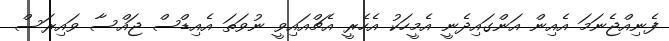
ފެނިއްޖެނަމަ އެއިން އަންގައިދެނީ އެމީހަކު އެހެރީ އެޗްއައިވީ ނުވަތަ އެއިޑްސް ޖައްސާ ވައިރަސް